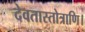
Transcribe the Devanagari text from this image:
देवतास्तोत्राणि।